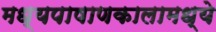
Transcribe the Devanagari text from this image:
मध्यपाषाणकालामध्ये